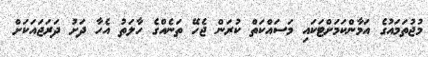
މުޖުތަމައުގެ އަމާންކަމަށްޓަކައި މަސައްކަތް ކުރަން ޖެހޭ ތަނެއްގެ ހާލަތު އެހާ ދަށު ދަރަޖައަކަށް